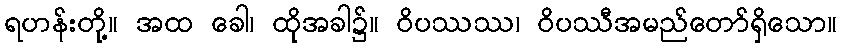
ရဟန်းတို့။ အထ ခေါ၊ ထိုအခါ၌။ ဝိပဿဿ၊ ဝိပဿီအမည်တော်ရှိသော။